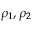
\rho _ { 1 } , \rho _ { 2 }